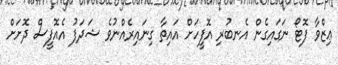
ޢިޒްވާ ފޮޓޯ ނަގައިގެން އެނބުރި އޮފީހަށް އައިތާ ގިނައިރެއްނުވެ ޝަދަފު އެއޮފީސް ދޮށަށް